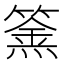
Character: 𥴏